DOW-UAP-D49, Launch Summary, Vandenberg AFB, 2000
Agency: Department of War
Incident date: 2/3/00
Page 87
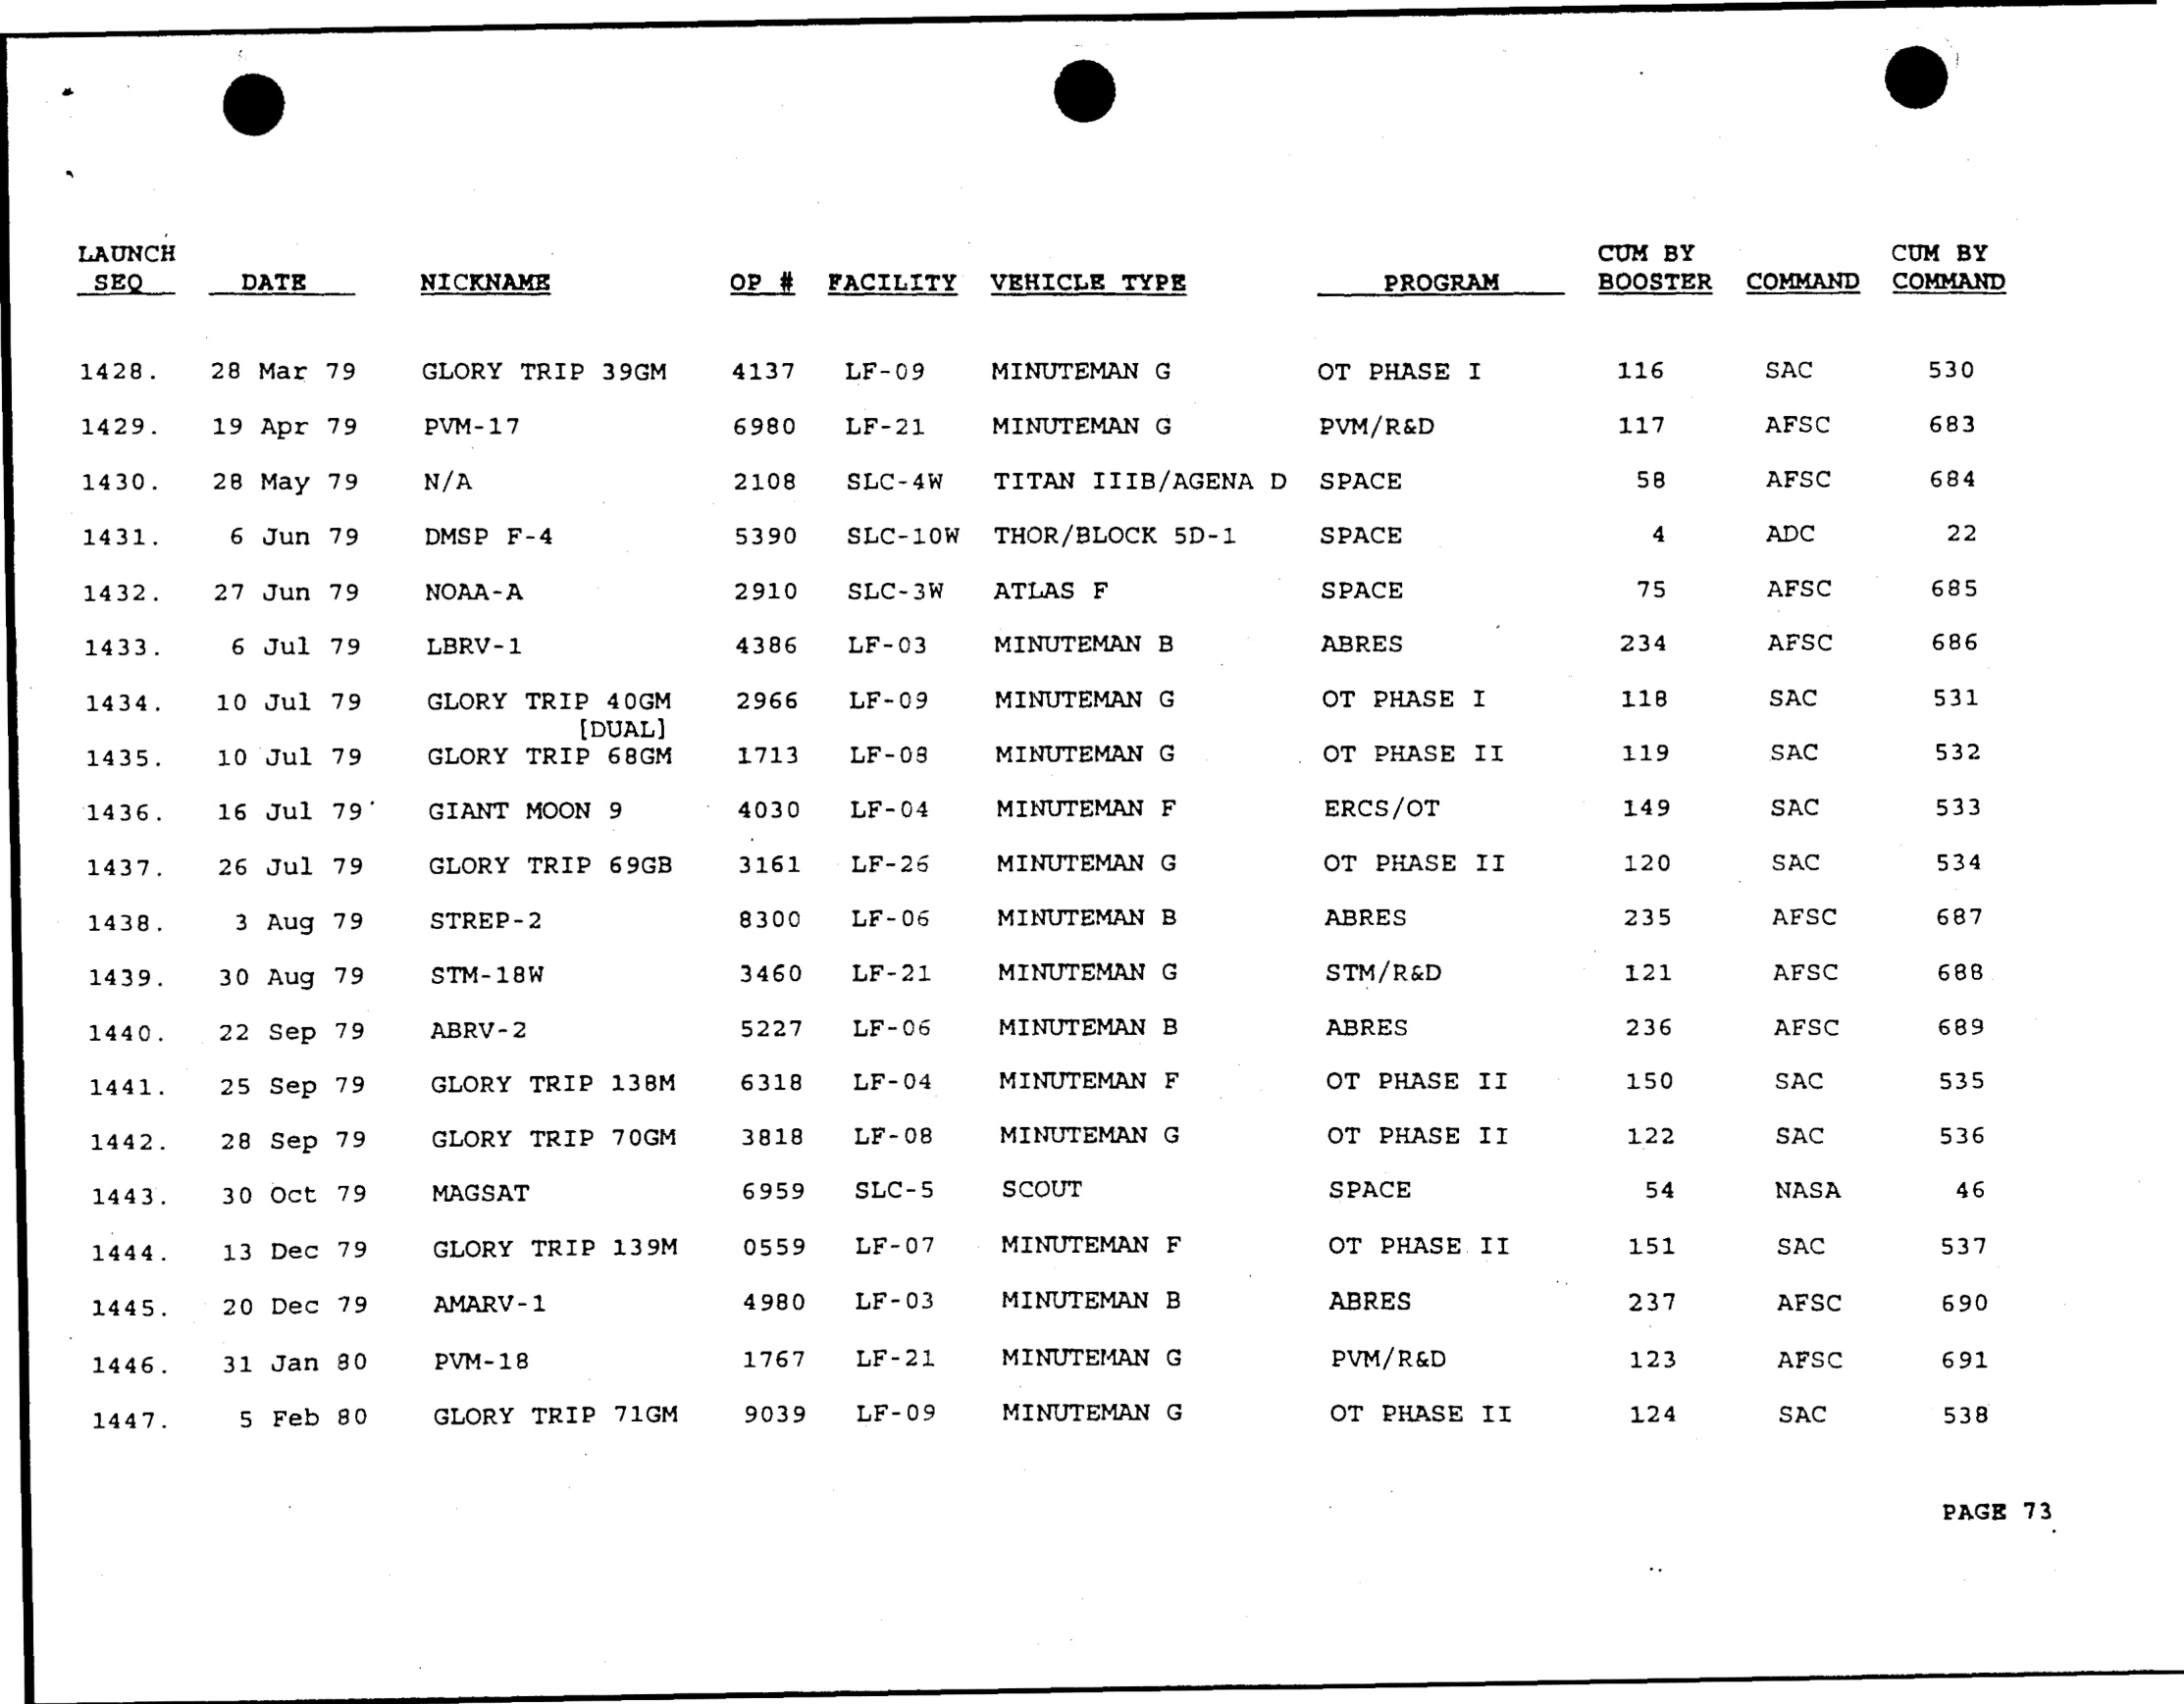